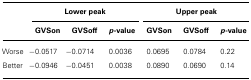
<table><thead><tr><td></td><td colspan="3"><b>Lower peak</b></td><td colspan="3"><b>Upper peak</b></td></tr><tr><td></td><td><b>GVSon</b></td><td><b>GVSoff</b></td><td><b><i>p</i>-value</b></td><td><b>GVSon</b></td><td><b>GVSoff</b></td><td><b><i>p</i>-value</b></td></tr></thead><tbody><tr><td>Worse</td><td>-0.0517</td><td>-0.0714</td><td>0.0036</td><td>0.0695</td><td>0.0784</td><td>0.22</td></tr><tr><td>Better</td><td>-0.0946</td><td>-0.0451</td><td>0.0038</td><td>0.0890</td><td>0.0690</td><td>0.14</td></tr></tbody></table>